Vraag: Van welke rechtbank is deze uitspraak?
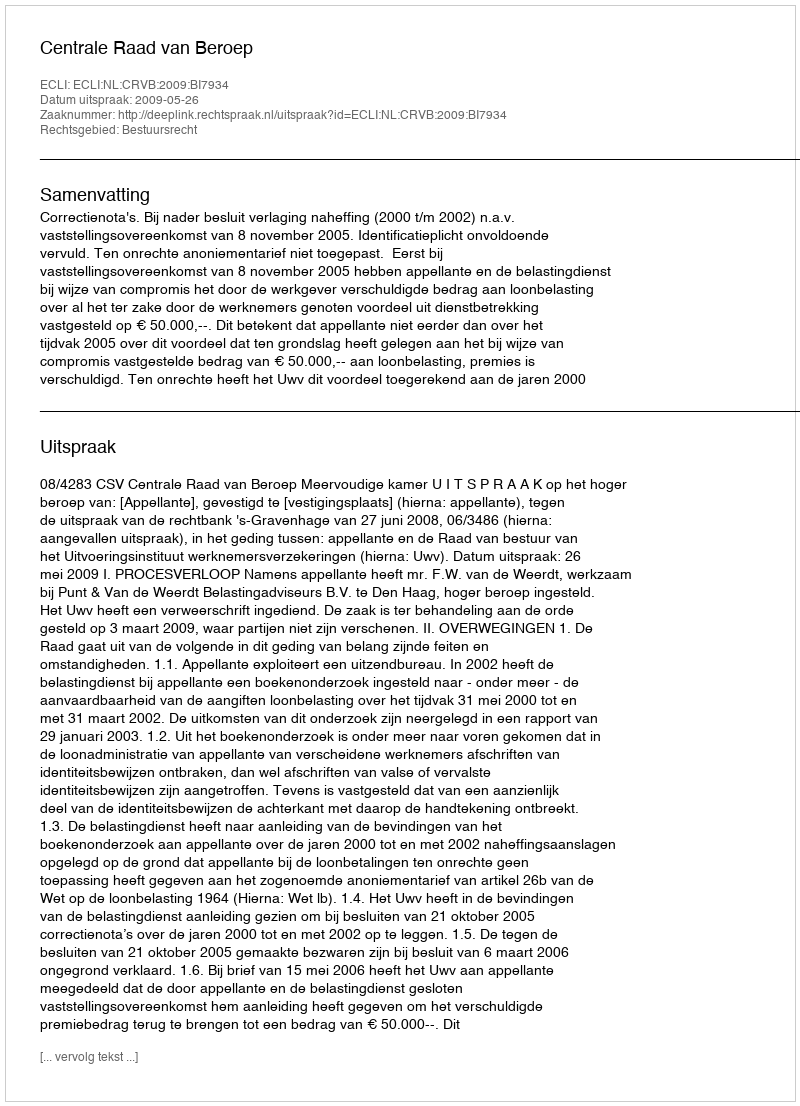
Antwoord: Centrale Raad van Beroep